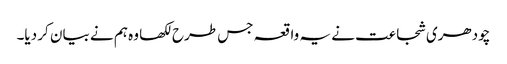
چودھری شجاعت نے یہ واقعہ جس طرح لکھا وہ ہم نے بیان کر دیا۔